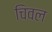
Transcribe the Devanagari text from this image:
चिवल